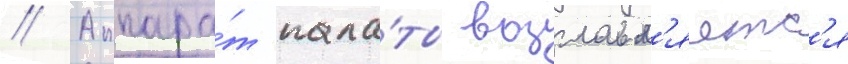
// Аппара́т пала́ты возглавл'яетс'я